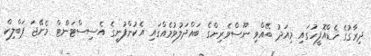
ދިރާގުގެ ހެޑްއޮފީހުގައި މިއަދު ބޭއްވި ނޫސްވެރިންގެ ބައްދަލުވުމެއްގައި އެކުންފުނީގެ އެސިސްޓަންޓް މެނޭޖަ ޕަބްލިކް